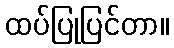
ထပ်ပြုပြင်တာ။